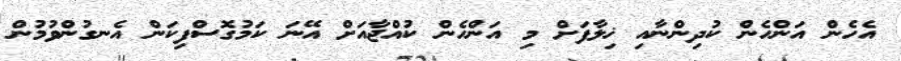
އެހެން އަންހެން ކުދިންނާއި ޚިލާފަށް މި އަންހެން ކުއްޖާއަށް އޭނަ ކަމުގޮސްފިކަން އެނގުންވުމުން